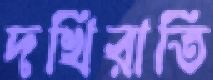
দখিরাতি